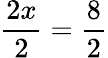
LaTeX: {\frac{2x}{2}}={\frac{8}{2}}